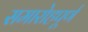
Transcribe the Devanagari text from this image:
समारोहपूर्ण